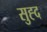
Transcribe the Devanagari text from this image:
सुह्द